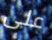
على